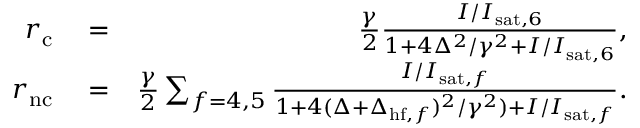
\begin{array} { r l r } { r _ { \mathrm { c } } } & { { } = } & { \frac { \gamma } { 2 } \frac { I / I _ { \mathrm { s a t } , 6 } } { 1 + 4 \Delta ^ { 2 } / \gamma ^ { 2 } + I / I _ { \mathrm { s a t } , 6 } } , } \\ { r _ { \mathrm { n c } } } & { { } = } & { \frac { \gamma } { 2 } \sum _ { f = 4 , 5 } \frac { I / I _ { \mathrm { s a t } , f } } { 1 + 4 ( \Delta + \Delta _ { \mathrm { h f } , f } ) ^ { 2 } / \gamma ^ { 2 } ) + I / I _ { \mathrm { s a t } , f } } . } \end{array}